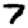
Digit: 7